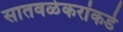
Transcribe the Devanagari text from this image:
सातवळेकरांकडे